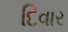
દિવાર